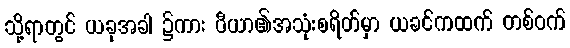
သို့ရာတွင် ယခုအခါ ၌ကား ပီယာ၏အသုံးစရိတ်မှာ ယခင်ကထက် တစ်ဝက်